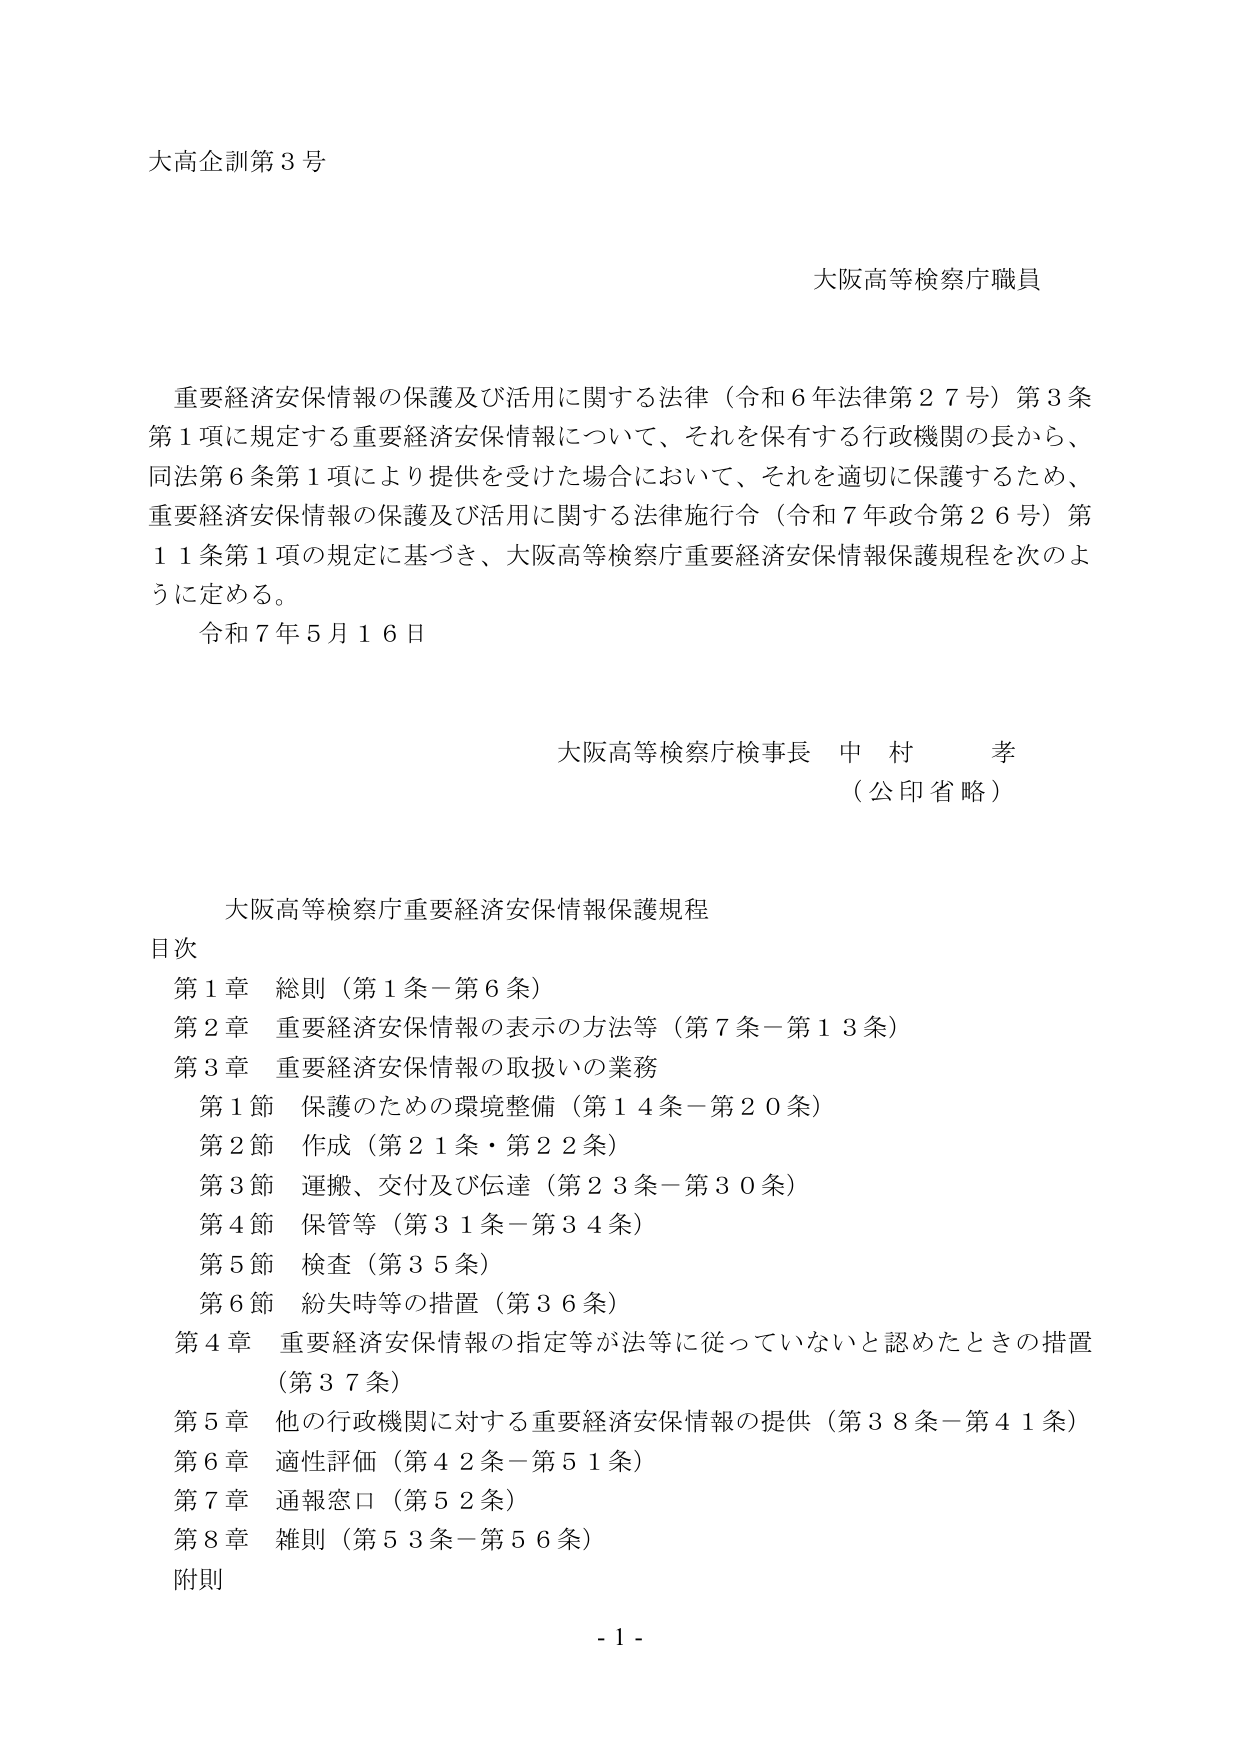
大高企訓第３号

大阪高等検察庁職員

重要経済安保情報の保護及び活用に関する法律（令和６年法律第２７号）第３条第１項に規定する重要経済安保情報について、それを保有する行政機関の長から、同法第６条第１項により提供を受けた場合において、それを適切に保護するため、重要経済安保情報の保護及び活用に関する法律施行令（令和７年政令第２６号）第１１条第１項の規定に基づき、大阪高等検察庁重要経済安保情報保護規程を次のように定める。

令和７年５月１６日

大阪高等検察庁検事長 中村孝
（公印省略）

大阪高等検察庁重要経済安保情報保護規程

目次
第１章 総則（第１条－第６条）
第２章 重要経済安保情報の表示の方法等（第７条－第１３条）
第３章 重要経済安保情報の取扱いの業務
　第１節 保護のための環境整備（第１４条－第２０条）
　第２節 作成（第２１条・第２２条）
　第３節 運搬、交付及び伝達（第２３条－第３０条）
　第４節 保管等（第３１条－第３４条）
　第５節 検査（第３５条）
　第６節 紛失時等の措置（第３６条）
第４章 重要経済安保情報の指定等が法等に従っていないと認めたときの措置（第３７条）
第５章 他の行政機関に対する重要経済安保情報の提供（第３８条－第４１条）
第６章 適性評価（第４２条－第５１条）
第７章 通報窓口（第５２条）
第８章 雑則（第５３条－第５６条）
附則

- 1 -